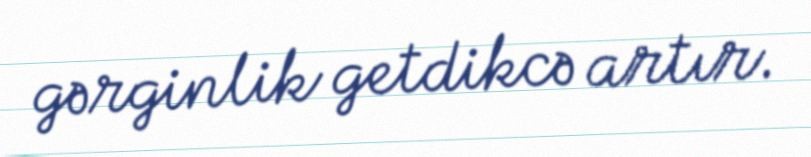
gərginlik getdikcə artır.